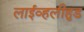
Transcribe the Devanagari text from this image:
लाईव्हलीहुड